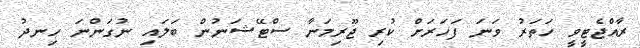
ރާއްޖެޓީވީ ހަތަރު ވަނަ ފަހަރަށް ކުރި ޖޫރިމަނާ ސްޓޭޝަނުން ބަލައި ނުގަންނަ ހިނދު